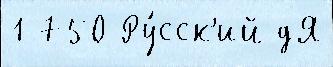
1 750 Ру́сск'ий дЯ